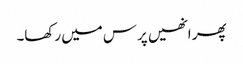
پھر انھیں پرس میں رکھا۔